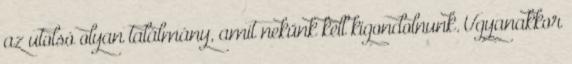
az utolsó olyan találmány, amit nekünk kell kigondolnunk. Ugyanakkor